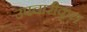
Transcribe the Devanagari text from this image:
उपचारीकृत